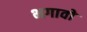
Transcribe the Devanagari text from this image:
भगावो